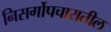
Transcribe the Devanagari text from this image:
निसर्गोपचारातील